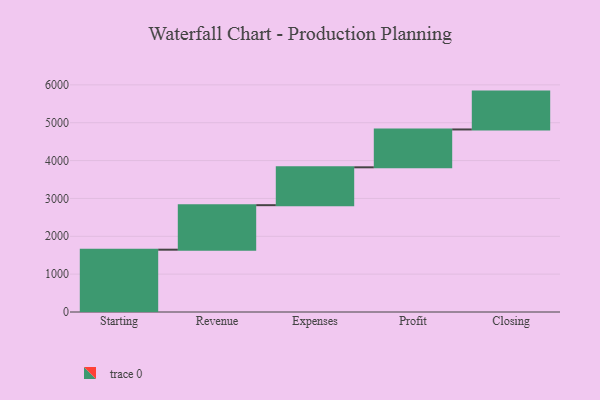
{"axis": {"x": "Step", "y": "Value"}, "legend": [""], "data": [{"x": "Starting", "y": 1646.0, "type": ""}, {"x": "Revenue", "y": 1176.0, "type": ""}, {"x": "Expenses", "y": 1000, "type": ""}, {"x": "Profit", "y": 1000, "type": ""}, {"x": "Closing", "y": 1000, "type": ""}]}